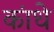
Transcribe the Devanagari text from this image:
कांधे